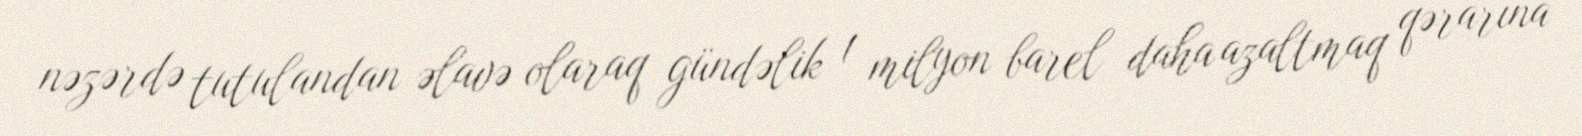
nəzərdə tutulandan əlavə olaraq gündəlik 1 milyon barel daha azaltmaq qərarına